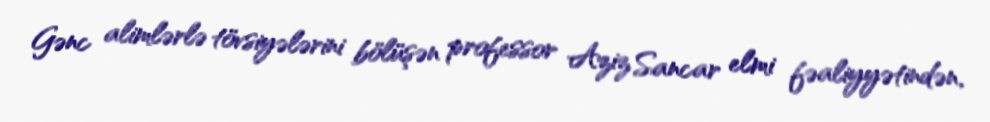
Gənc alimlərlə tövsiyələrini bölüşən professor Aziz Sancar elmi fəaliyyətindən,